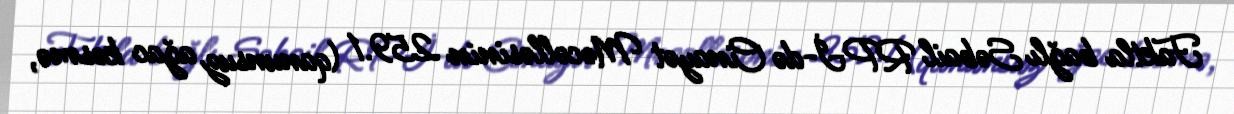
Faktla bağlı Səbail RPİ-də Cinayət Məcəlləsinin 259.1 (qanunsuz ağac kəsmə,